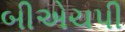
બીએચપી